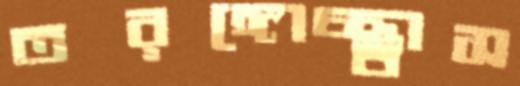
তরঙ্গোচ্ছ্বাস